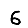
Digit: 6